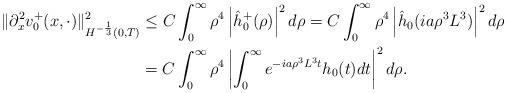
LaTeX: \begin{align*}\|\partial_x^2 v_0^+(x,\cdot)\|^2_{H^{-\frac{1}{3}}(0,T)} &\leq C \int_{0}^{\infty} \rho^4\left|\hat{h}_0^+(\rho)\right|^2d\rho =C \int_{0}^{\infty} \rho^4\left|\hat{h}_0(ia\rho^3L^3)\right|^2d\rho \\&= C \int_{0}^{\infty} \rho^4\left| \int_0^{\infty} e^{-ia\rho^3 L^3 t} h_0(t)dt\right|^2d\rho.\end{align*}